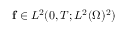
\mathbf { f } \in L ^ { 2 } ( 0 , T ; L ^ { 2 } ( \Omega ) ^ { 2 } )